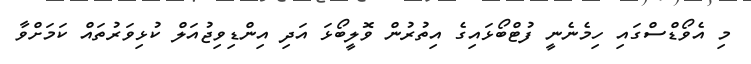
މި އެވޯޑްސްގައި ހިމެނެނީ ފުޓްބޯޅައިގެ އިތުރުން ވޮލީބޯޅަ އަދި އިންޑިވިޖުއަލް ކުޅިވަރުތައް ކަމަށްވާ